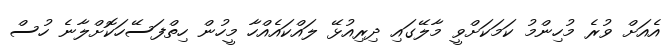
އެއަށް ވުރެ މުހިންމު ކަމަކަށްވީ މާލޭގައި ދިރިއުޅޭ ލައްކައެއްހާ މީހުން ހިތްފަސޭހަކޮށްލާނެ ހުސް